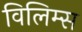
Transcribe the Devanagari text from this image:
विलिम्स